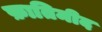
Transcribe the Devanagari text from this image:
फ़ातिमीद